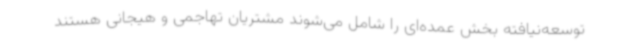
توسعه‌نیافته بخش عمده‌ای را شامل می‌شوند مشتریان تهاجمی و هیجانی هستند